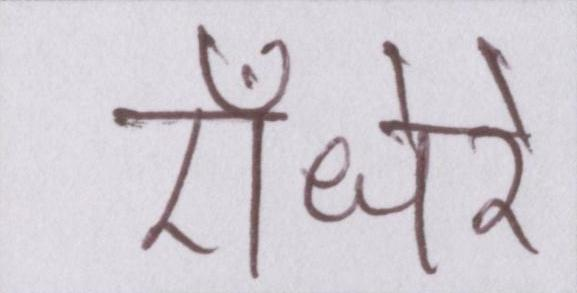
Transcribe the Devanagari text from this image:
ऍंधेरे